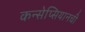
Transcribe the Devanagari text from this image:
कन्सेप्सियानची